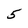
Character: 5